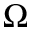
\Omega